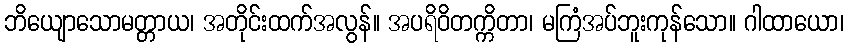
ဘိယျောသောမတ္တာယ၊ အတိုင်းထက်အလွန်။ အပရိဝိတက္ကိတာ၊ မကြံအပ်ဘူးကုန်သော။ ဂါထာယော၊